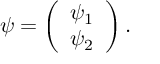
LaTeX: \psi = \left( \begin{array} { l } { { \psi _ { 1 } } } \\ { { \psi _ { 2 } } } \end{array} \right) .